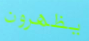
يظهرون